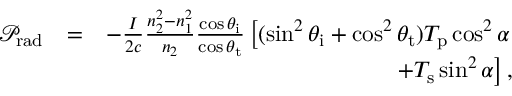
\begin{array} { r l r } { \mathcal { P } _ { \mathrm { r a d } } } & { = } & { - \frac { I } { 2 c } \frac { n _ { 2 } ^ { 2 } - n _ { 1 } ^ { 2 } } { n _ { 2 } } \frac { \cos \theta _ { \mathrm { i } } } { \cos \theta _ { \mathrm { t } } } \left[ ( \sin ^ { 2 } \theta _ { \mathrm { i } } + \cos ^ { 2 } \theta _ { \mathrm { t } } ) T _ { \mathrm { p } } \cos ^ { 2 } \alpha \right. } \\ & { } & { \left. + T _ { \mathrm { s } } \sin ^ { 2 } \alpha \right] , } \end{array}